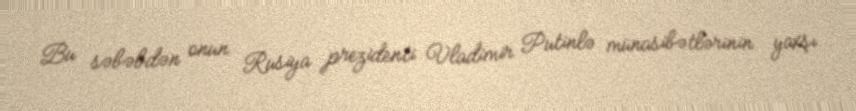
Bu səbəbdən onun Rusiya prezidenti Vladimir Putinlə münasibətlərinin yaxşı